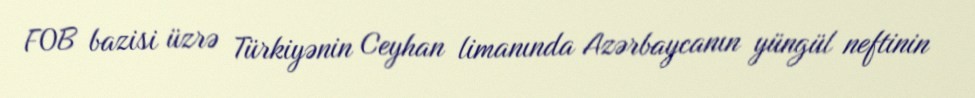
FOB bazisi üzrə Türkiyənin Ceyhan limanında Azərbaycanın yüngül neftinin